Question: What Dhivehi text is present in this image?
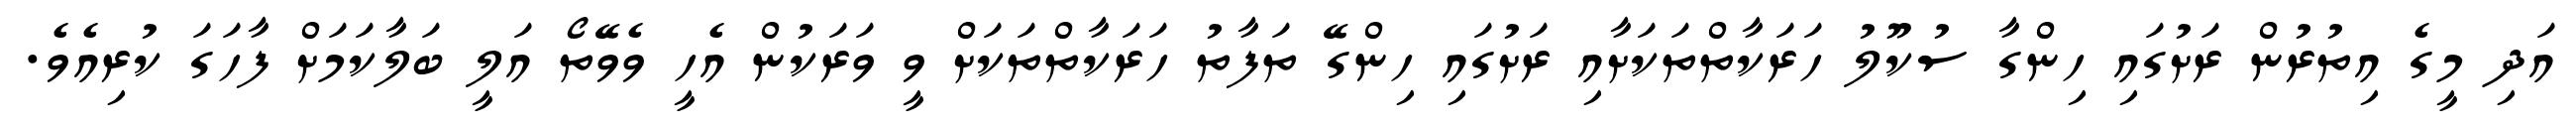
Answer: އަދި މީގެ އިތުރުން ރަށުގައި ހިންގާ ސުކޫލު ހަރަކާތްތަކަށާއި ރަށުގައި ހިންގޭ ތަފާތު ހަރަކާތްތަކަށް ވީ ވަރަކުން އެހީ ވެވޭތޯ އަލީ ބަލާކަމަށް ފާހަގަ ކުރިއެވެ.